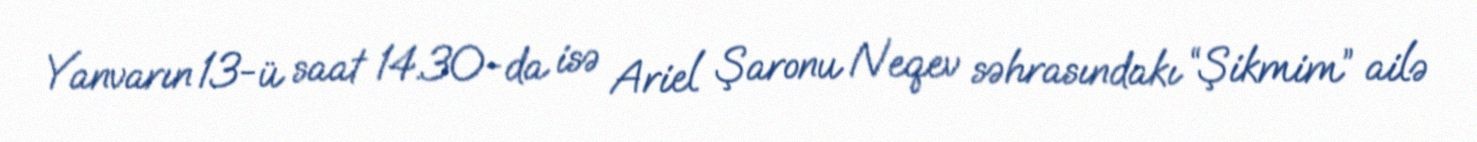
Yanvarın 13-ü saat 14.30-da isə Ariel Şaronu Neqev səhrasındakı “Şikmim” ailə